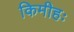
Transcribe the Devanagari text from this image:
किमीहः